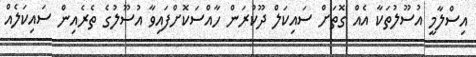
އިސްލާމީ އުސޫލުތަކާ އެއް ގޮތަށް ސައިކަލް ދޫކުރަން ހާއްސަކޮށްފައިވާ އުސޫލުގެ ތެރެއިން ސައިކަލެއް